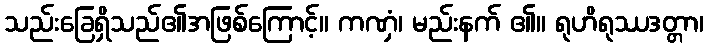
သည်းခြေရှိသည်၏အဖြစ်ကြောင့်။ ကဏှံ၊ မည်းနက် ၏။ ရုဟိရုဿဒတ္တာ၊